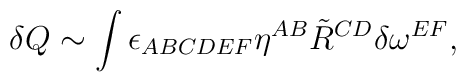
\delta Q \sim \int \epsilon_{ABCDEF} \eta^{AB} \tilde R^{CD} \delta\omega^{EF},